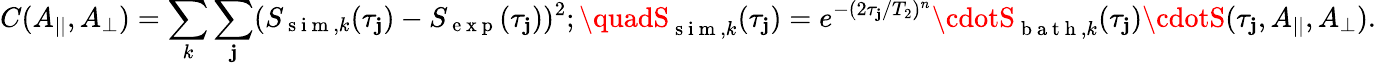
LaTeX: C(A_{||},A_{\perp})=\sum_{k}\sum_{\mathbf{j}}(S_{\mathrm{{~s~i~m~}},k}(\tau_{\mathbf{j}})-S_{\mathrm{{~e~x~p~}}}(\tau_{\mathbf{j}}))^{2};\quadS_{\mathrm{{~s~i~m~}},k}(\tau_{\mathbf{j}})=e^{-(2\tau_{\mathbf{j}}/T_{2})^{n}}\cdotS_{\mathrm{{~b~a~t~h~}},k}(\tau_{\mathbf{j}})\cdotS(\tau_{\mathbf{j}},A_{||},A_{\perp}).